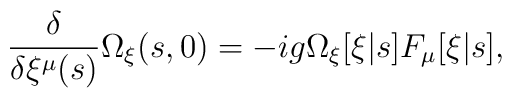
\frac{\delta}{\delta \xi^\mu(s)} \Omega_\xi(s,0)   = -ig \Omega_\xi[\xi|s] F_\mu[\xi|s],